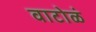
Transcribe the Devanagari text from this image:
वाटोळं